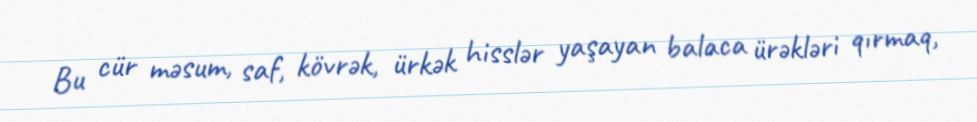
Bu cür məsum, saf, kövrək, ürkək hisslər yaşayan balaca ürəkləri qırmaq,